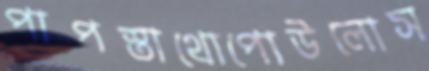
পাপস্তাথোপোউলোস